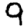
Digit: 9